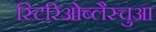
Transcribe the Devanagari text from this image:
स्टिरिओब्लैस्चुआ